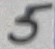
Text: 5